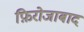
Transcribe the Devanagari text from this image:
फ़िरोजाबाद